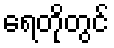
ရေတိုတွင်